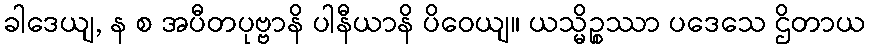
ခါဒေယျ, န စ အပီတပုဗ္ဗာနိ ပါနီယာနိ ပိဝေယျ။ ယသ္မိဉ္စဿာ ပဒေသေ ဌိတာယ